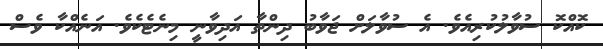
ކޮއްކޮ ސުވާލުކުރިއެވެ. އެ ސުވާލަށް ޖަވާބު ދިންތާ އަދިވާނީ މިނެޓެކެވެ. އަނެއްކާ ވެސް